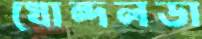
খোন্দলডা